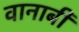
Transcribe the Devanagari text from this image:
वानाबी